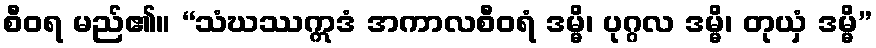
စီဝရ မည်၏။ “သံဃဿဣဒံ အကာလစီဝရံ ဒမ္မိ၊ ပုဂ္ဂလ ဒမ္မိ၊ တုယှံ ဒမ္မိ”